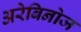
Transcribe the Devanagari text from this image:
अरेबिनोज